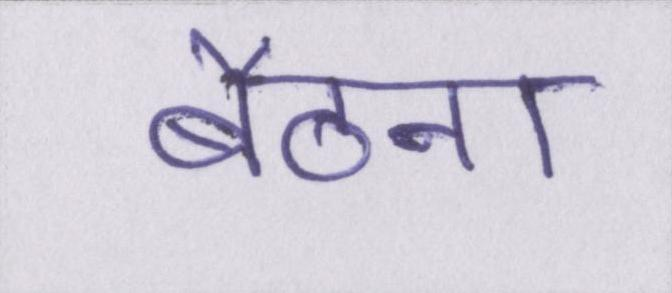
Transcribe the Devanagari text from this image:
बैठना